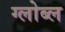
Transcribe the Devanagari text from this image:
ग्लोब्ल